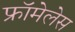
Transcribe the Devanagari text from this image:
फ्रॉमेलेस